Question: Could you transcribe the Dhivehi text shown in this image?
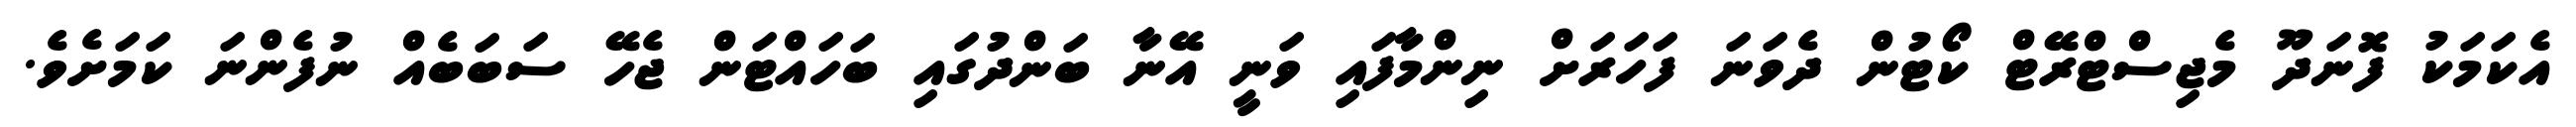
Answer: އެކަމަކު ފޮނަދޫ މެޖިސްޓްރޭޓް ކޯޓުން ދެވަނަ ފަހަރަށް ނިންމާފައި ވަނީ އޭނާ ބަންދުގައި ބަހައްޓަން ޖެހޭ ސަބަބެއް ނުފެންނަ ކަމަށެވެ.